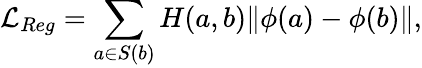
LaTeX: \mathcal{L}_{Reg}=\sum_{a\in S(b)}H(a,b)\| \phi(a)-\phi(b)\| ,